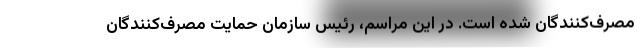
مصرف‌کنندگان شده است. در این مراسم، رئیس سازمان حمایت مصرف‌کنندگان